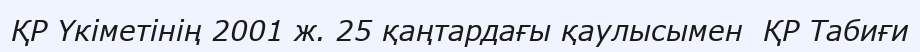
ҚР Үкіметінің 2001 ж. 25 қаңтардағы қаулысымен  ҚР Табиғи